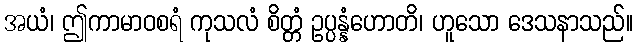
အယံ၊ ဤကာမာဝစရံ ကုသလံ စိတ္တံ ဥပ္ပန္နံဟောတိ၊ ဟူသော ဒေသနာသည်။